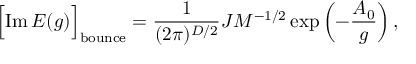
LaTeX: \Bigl [ \mathrm { I m } \, { \cal E } ( g ) \Bigr ] _ { \mathrm { b o u n c e } } = \frac { 1 } { ( 2 \pi ) ^ { D / 2 } } J M ^ { - 1 / 2 } \exp \left( - \frac { A _ { 0 } } { g } \right) ,